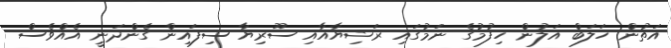
އަތުން ހަލަބް އަލުން ހިފުމުގެ ނަމުގައި ރަޝިޔާއާއި ސޫރިޔާ ސިފައިން ގެންދަނީ އެއްވެސް